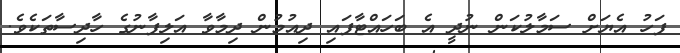
ފަހު އެޔަށް ސަމާލުކަން ނުދީ އެ ބަހައްޓާފައި ދިއުމުން ދިމާވާ އަލިފާނުގެ ހާދިސާތަކެވެ.